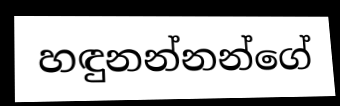
හඳුනන්නන්ගේ